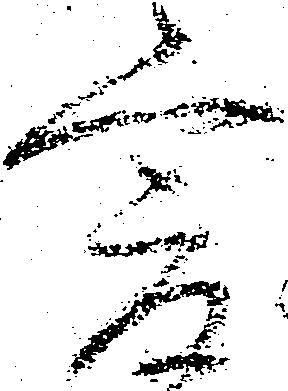
爰